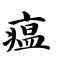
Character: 瘟